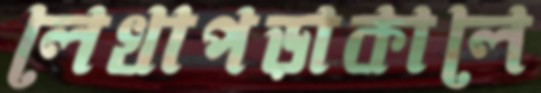
লেখাপড়াকালে